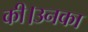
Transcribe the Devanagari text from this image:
की।उनका